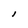
Character: I